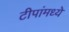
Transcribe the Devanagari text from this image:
टीपांमध्ये